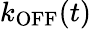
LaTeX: k_{\mathrm{OFF}}(t)